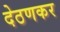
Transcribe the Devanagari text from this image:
देठणकर